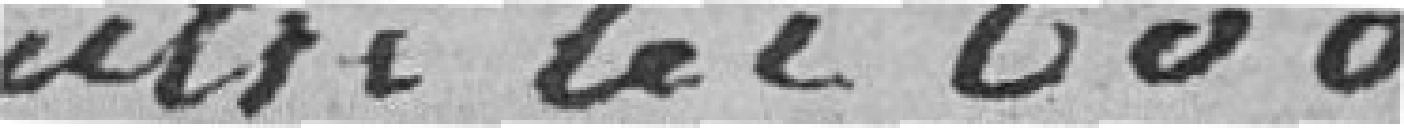
outre les 600 francs